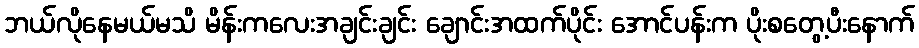
ဘယ်လိုနေမယ်မသိ မိန်းကလေးအချင်းချင်း ချောင်းအထက်ပိုင်း အောင်ပန်းက ပိုးစတွေ့ပီးနောက်